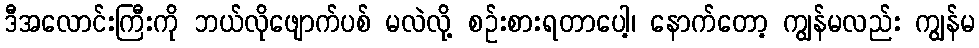
ဒီအလောင်းကြီးကို ဘယ်လိုဖျောက်ပစ် မလဲလို့ စဉ်းစားရတာပေါ့၊ နောက်တော့ ကျွန်မလည်း ကျွန်မ